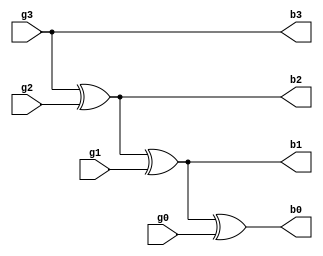

module gray_bin(input g3,
                input g2,
                input g1,
                input g0,
                output b3,
                output b2,
                output b1,
                output b0);
  buf buf1(b3,g3);
  xor xor1(b2,b3,g2);
  xor xor2(b1,b2,g1);
  xor xor3(b0,b1,g0);
endmodule